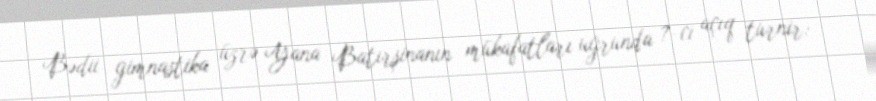
Bədii gimnastika üzrə Yana Batırşinanın mükafatları uğrunda 7-ci açıq turnir: